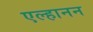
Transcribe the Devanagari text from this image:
एल्हानन